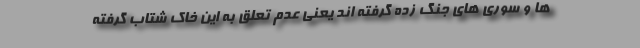
ها و سوری های جنگ زده گرفته اند یعنی عدم تعلق به این خاک شتاب گرفته